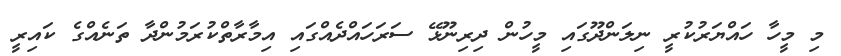
މި މީހާ ހައްޔަރުކުރީ ނިލަންދޫގައި މީހުން ދިރިނޫޅޭ ސަރަހައްދެއްގައި އިމާރާތްކުރަމުންދާ ތަނެއްގެ ކައިރީ